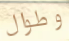
وطوال